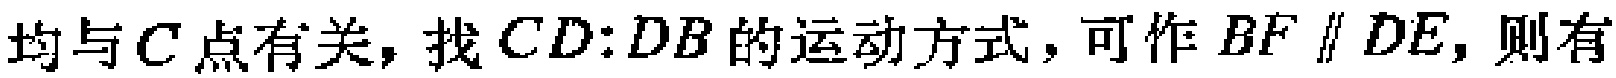
均与\(C\)点有关，找\(CD:DB\)的运动方式，可作\(BF \parallel DE\)，则有